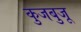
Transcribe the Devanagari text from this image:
कुजबुजू